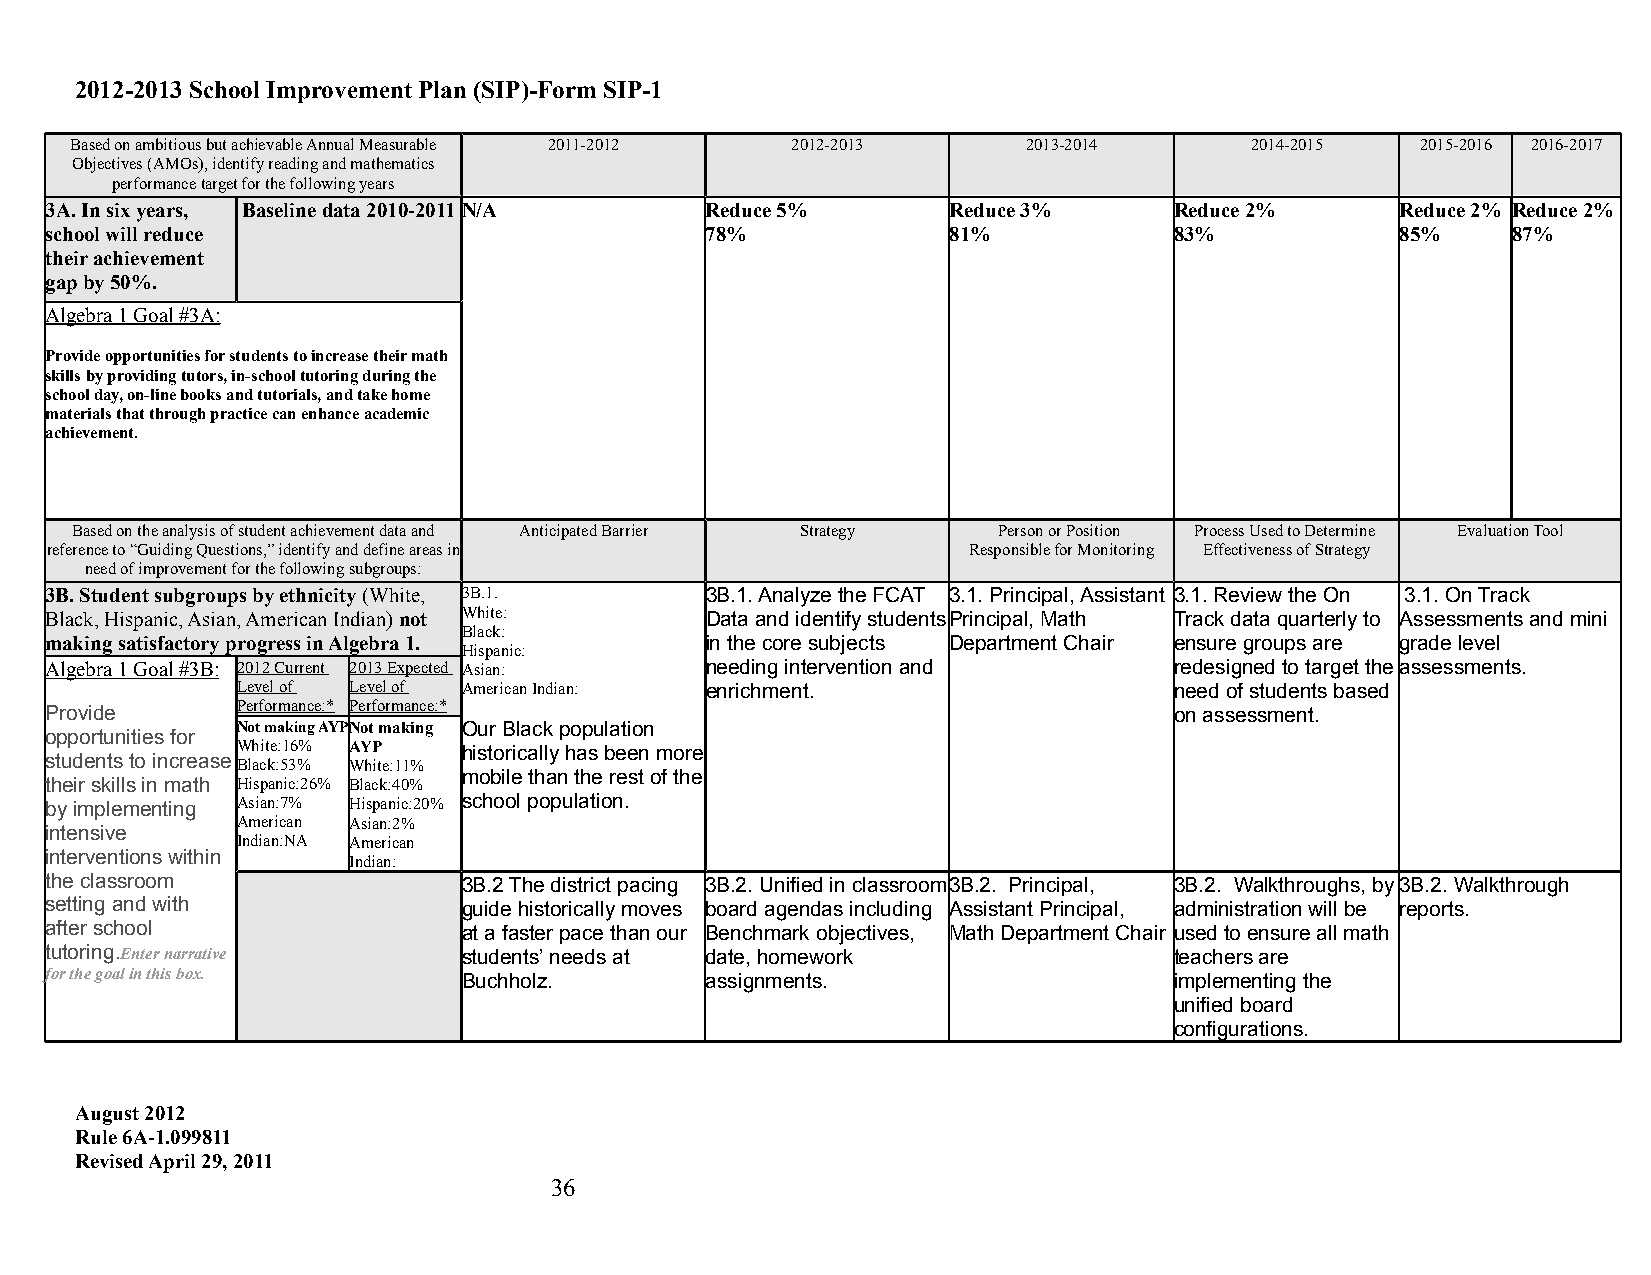
2012-2013 School Improvement Plan (SIP)-Form SIP-1
 Based on ambitious but achievable Annual Measurable 2011-2012 2012-2013 2013-2014 2014-2015 2015-2016 2016-2017
 Objectives (AMOs), identify reading and mathematics
 performance target for the following years
 3A. In six years, Baseline data 2010-2011N/A Reduce 5%      Reduce 3%      Reduce 2%      Reduce 2% Reduce 2%
 school will reduce                          78%             81%            83%            85%    87%
 their achievement
 gap by 50%.
 Algebra 1 Goal #3A:
 Provide opportunities for students to increase their math
 skills by providing tutors, in-school tutoring during the
 school day, on-line books and tutorials, and take home
 materials that through practice can enhance academic
 achievement.
 Based on the analysis of student achievement data and Anticipated Barrier Strategy Person or Position Process Used to Determine Evaluation Tool
 reference to “Guiding Questions,” identify and define areas in Responsible for Monitoring Effectiveness of Strategy
 need of improvement for the following subgroups:
 3B. Student subgroups by ethnicity (White, 3B.1. 3B.1. Analyze the FCAT 3.1. Principal, Assistant 3.1. Review the On 3.1. On Track
 Black, Hispanic, Asian, American Indian) not White: Data and identify students Principal, Math Track data quarterly to Assessments and mini
 Black:
 making satisfactory progress in Algebra 1.  in the core subjects Department Chair ensure groups are grade level
 Hispanic:
 Algebra 1 Goal #3B: 2012 Current 2013 Expected Asian: needing intervention and redesigned to target the assessments.
 Level of Level of American Indian: enrichment.                need of students based
 Provide      Performance:* Performance:*                                   on assessment.
 Not making AYPNot making Our Black population
 opportunities for
 White:16% AYP  historically has been more
 students to increase Black:53% White:11%
 mobile than the rest of the
 their skills in math Hispanic:26% Black:40%
 by implementing Asian:7% Hispanic:20% school population.
 American Asian:2%
 intensive
 Indian:NA American
 interventions within
 Indian:
 the classroom               3B.2 The district pacing 3B.2. Unified in classroom 3B.2. Principal, 3B.2. Walkthroughs, by 3B.2. Walkthrough
 setting and with            guide historically moves board agendas including Assistant Principal, administration will be reports.
 after school                at a faster pace than our Benchmark objectives, Math Department Chair used to ensure all math
 tutoring.Enter narrative    students’ needs at date, homework              teachers are
 for the goal in this box.   Buchholz.       assignments.                   implementing the
 unified board
 configurations.
 August 2012
 Rule 6A-1.099811
 Revised April 29, 2011
 36